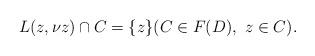
LaTeX: \begin{align*} L(z,\nu z) \cap C=\{z\} (C \in F(D),\ z \in C). \end{align*}